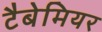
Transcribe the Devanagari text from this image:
टैबेमियर